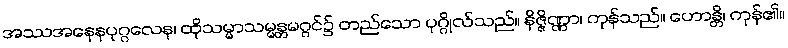
အဿအနေနပုဂ္ဂလေန၊ ထိုသမ္မာသမ္မန္တမဂ္ဂင်၌ တည်သော ပုဂ္ဂိုလ်သည်။ နိဇ္ဇိဏ္ဏာ၊ ကုန်သည်။ ဟောန္တိ၊ ကုန်၏။